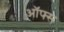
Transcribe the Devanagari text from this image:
ऑफ्स